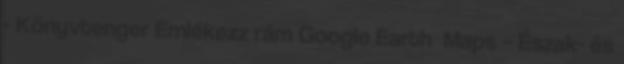
- Könyvtenger Emlékezz rám Google Earth Maps – Észak- és